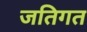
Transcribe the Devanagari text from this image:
जतिगत